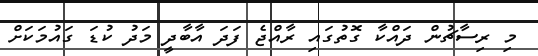
މި ރިސާޗުން ދައްކާ ގޮތުގައި ރާއްޖެ ފަދަ އާބާދީ މަދު ކުޑަ ގައުމަކަށް